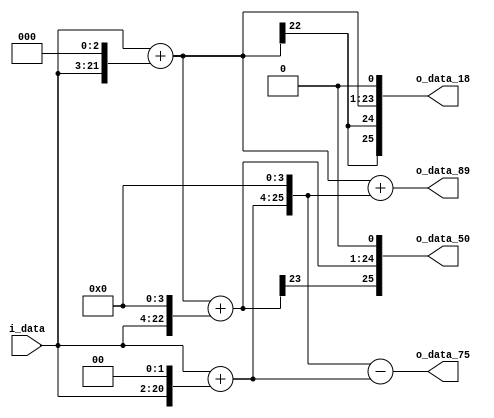
module spiral_4(
          i_data,
          
        o_data_18,
        o_data_50,
        o_data_75,
        o_data_89
);

// ********************************************
//                                             
//    INPUT / OUTPUT DECLARATION                                               
//                                                                             
// ********************************************             

input  signed [18:0]   i_data;
output signed [18+7:0] o_data_18;
output signed [18+7:0] o_data_50;
output signed [18+7:0] o_data_75;
output signed [18+7:0] o_data_89;
// ********************************************
//                                             
//    WIRE DECLARATION                                               
//                                                                             
// ******************************************** 
wire signed [25:0]
    w1,
    w8,
    w9,
    w16,
    w25,
    w4,
    w5,
    w80,
    w75,
    w89,
    w18,
    w50;

// ********************************************
//                                             
//    Combinational Logic                      
//                                             
// ********************************************
assign w1 = i_data;
assign w8 = w1 << 3;
assign w9 = w1 + w8;
assign w16 = w1 << 4;
assign w25 = w9 + w16;
assign w4 = w1 << 2;
assign w5 = w1 + w4;
assign w80 = w5 << 4;
assign w75 = w80 - w5;
assign w89 = w9 + w80;
assign w18 = w9 << 1;
assign w50 = w25 << 1;

assign  o_data_18=w18;
assign  o_data_50=w50;
assign  o_data_75=w75;
assign  o_data_89=w89;

endmodule